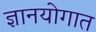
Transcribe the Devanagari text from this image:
ज्ञानयोगात